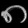
Digit: ၈